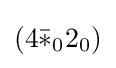
(4{\bar {*}}_{0}2_{0})